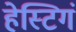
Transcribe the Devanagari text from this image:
हेस्टिगं